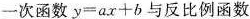
一次函数$$y=ax+b$$与反比例函数